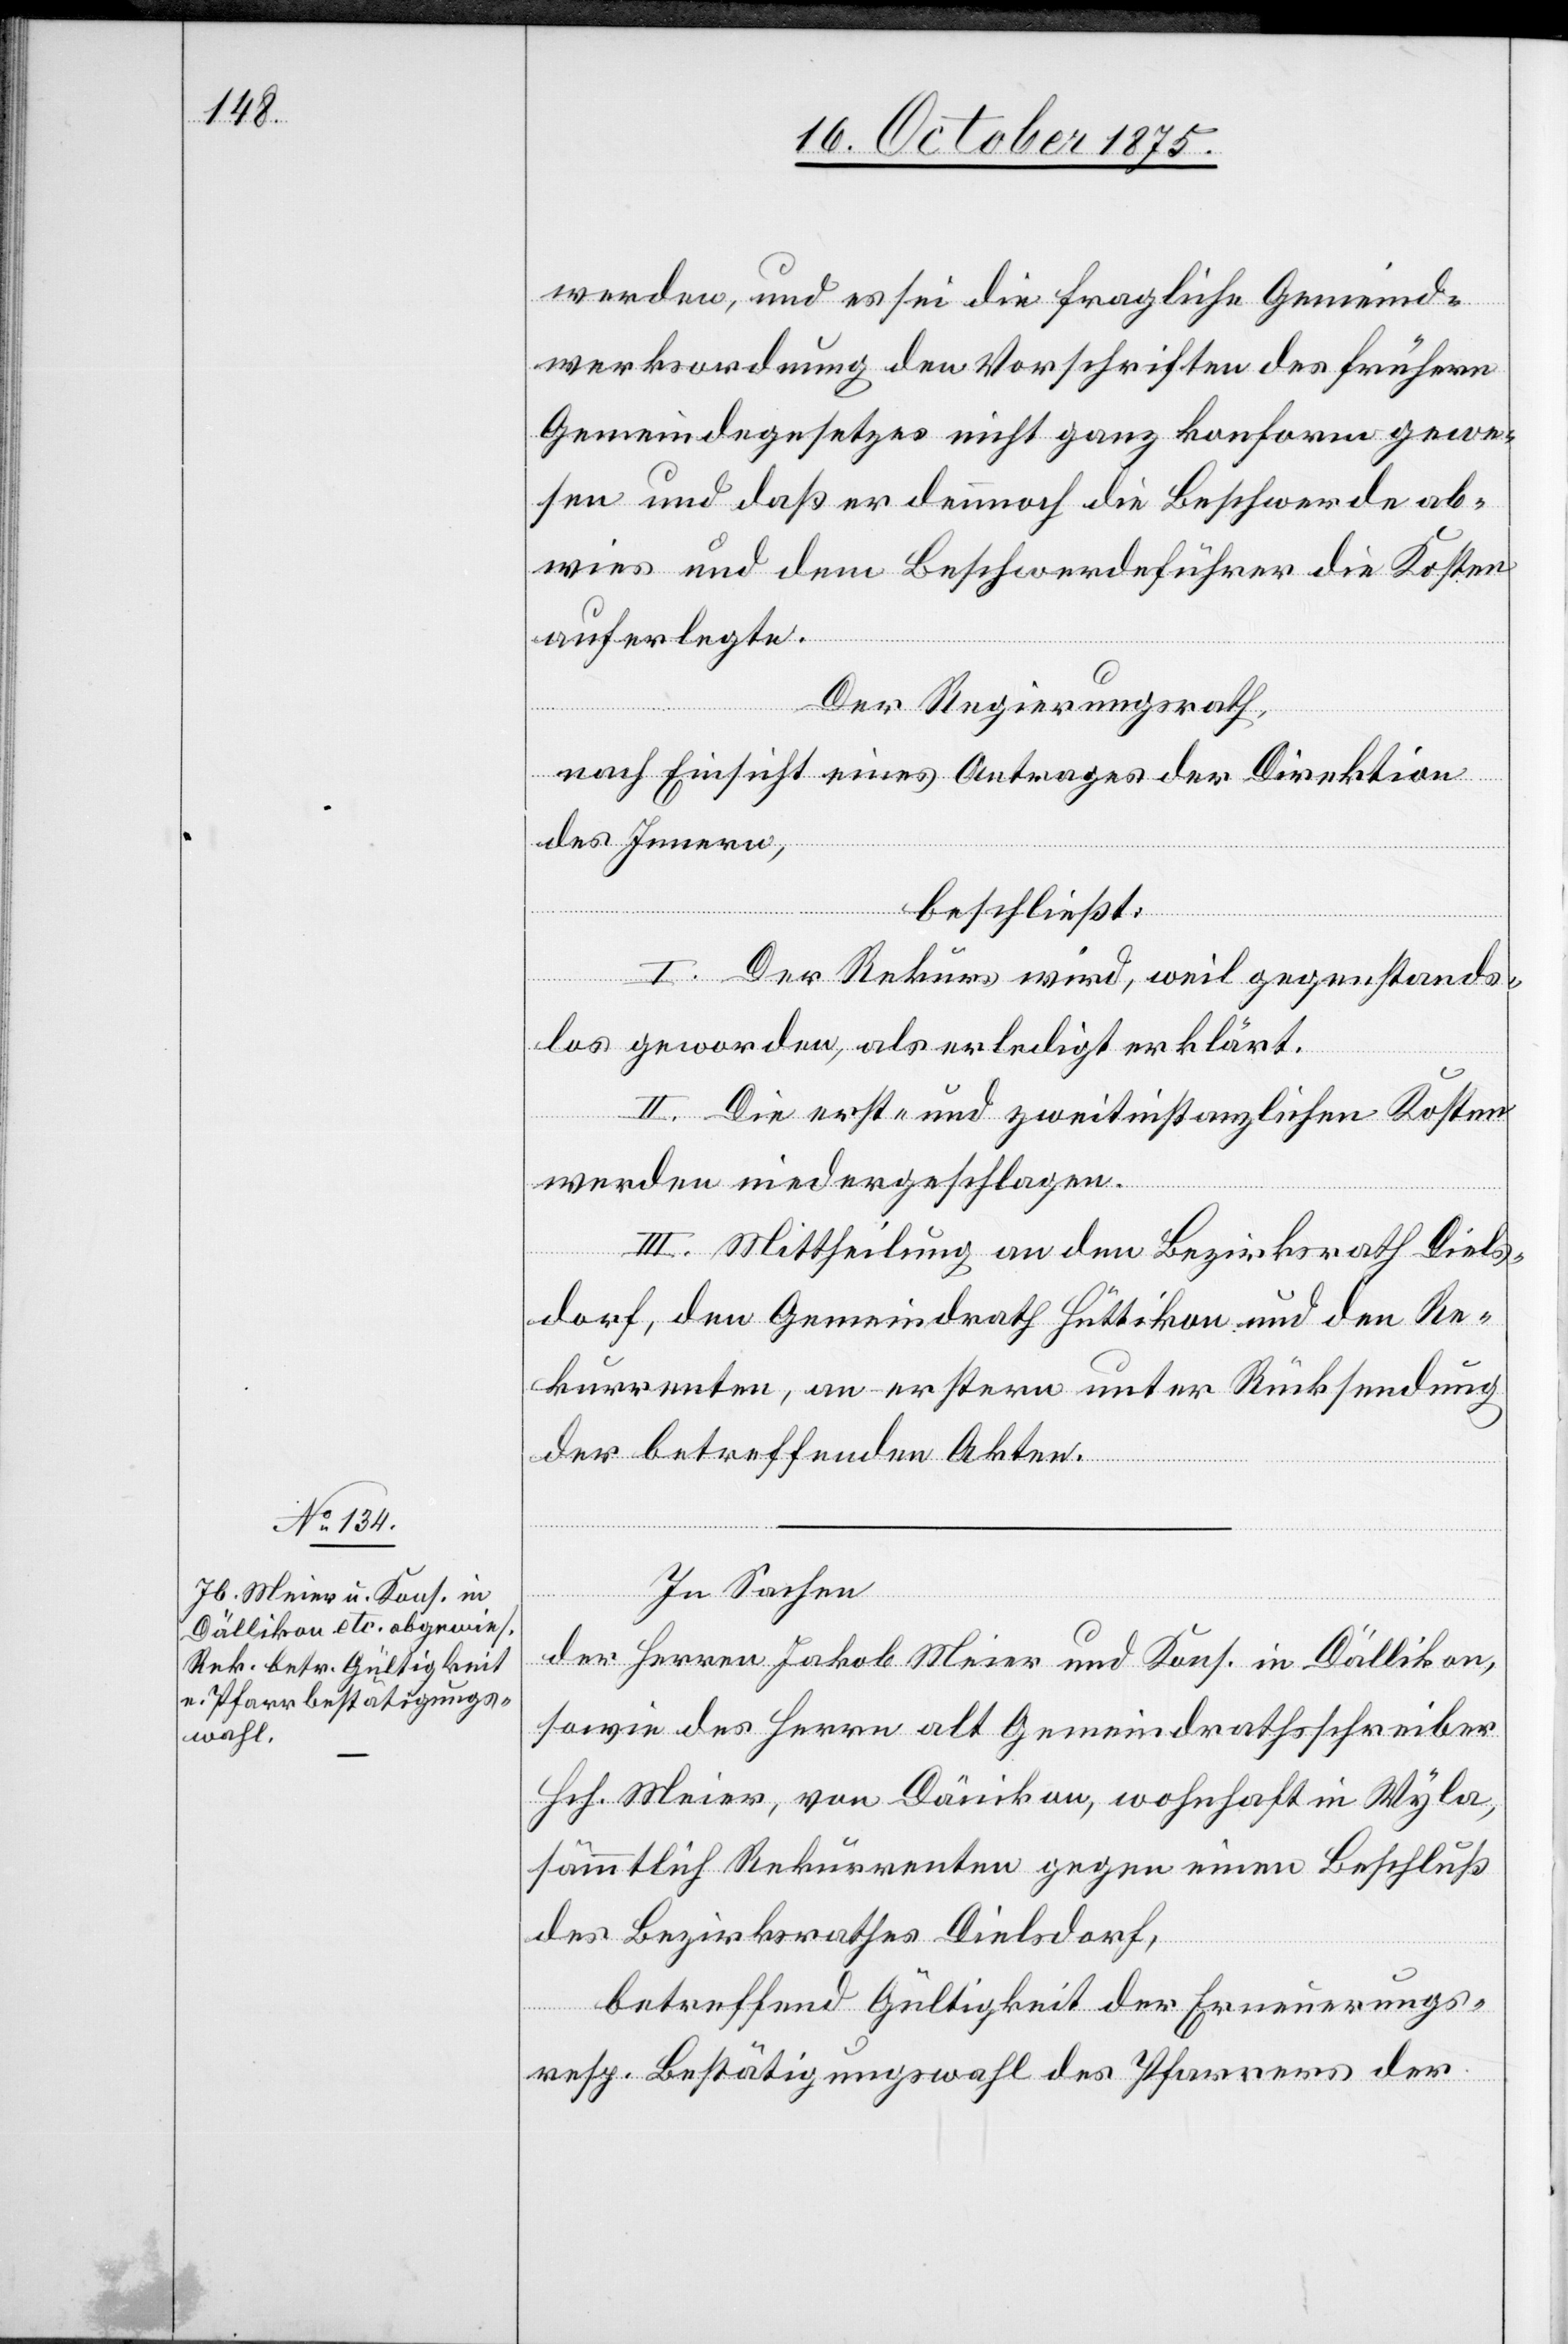
werden, und es sei die fragliche Gemeind¬
werksordnung den Vorschriften des frühern
Gemeindegesetzes nicht ganz konform gewe¬
sen und daß er dennnoch die Beschwerde ab¬
wies und dem Beschwerdeführer die Kosten
auferlegte.
Der Regierungsrath,
nach Einsicht eines Antrages der Direktion
des Innern,
beschließt:
I. Der Rekurs wird, weil gegenstands¬
los geworden, als erledigt erklärt.
II. Die erst- und zweitinstanzlichen Kosten
werden niedergeschlagen.
III. Mittheilung an den Bezirksrath Diels¬
dorf, den Gemeindrath Hüttikon und den Re¬
kurrenten, an erstern unter Rücksendung
der betreffenden Akten.
In Sachen
der Herren Jakob Meier und Kons. in Dällikon,
sowie des Herrn alt Gemeindrathsschreiber
Hch. Meier, von Dänikon, wohnhaft in Wyla,
sämmtlich Rekurrenten gegen einen Beschluß
des Bezirksrathes Dielsdorf,
betreffend Gültigkeit der Erneuerungs-
resp. Bestätigungswahl des Pfarrers der